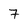
Character: 7